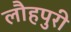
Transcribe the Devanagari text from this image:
लौहपुरी